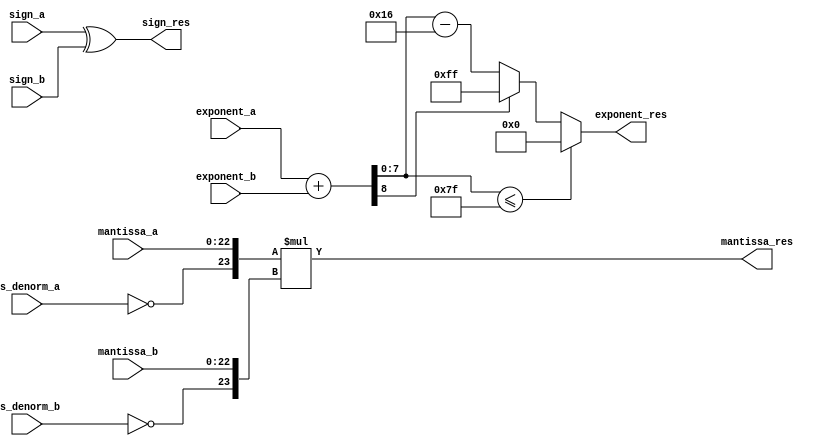
module Fp32Multiplier (
  input        sign_a,
  input [7:0]  exponent_a,
  input [22:0] mantissa_a,
  input        is_denorm_a,
  input        sign_b,
  input [7:0]  exponent_b,
  input [22:0] mantissa_b,
  input        is_denorm_b,

  output        sign_res,
  output [7:0]  exponent_res,
  output [22:0] mantissa_res
);

  wire [8:0] exponent_a_extended = {1'b0, exponent_a};
  wire [8:0] exponent_b_extended = {1'b0, exponent_b};
  wire [8:0] exponent_sum_extended = exponent_a_extended + exponent_b_extended;
  wire [7:0] exponent_sum  = exponent_sum_extended[7:0];
  wire       overflow      = exponent_sum_extended[8];
  wire       underflow     = exponent_sum <= 127;
  wire [7:0] normalized_exponent_res =
    underflow ?  8'b0 :
    overflow  ? ~8'b0 :
    mantissa_prod[43] ? exponent_sum - 00 :
    mantissa_prod[43] ? exponent_sum - 01 :
    mantissa_prod[42] ? exponent_sum - 02 :
    mantissa_prod[41] ? exponent_sum - 03 :
    mantissa_prod[40] ? exponent_sum - 04 :
    mantissa_prod[39] ? exponent_sum - 05 :
    mantissa_prod[38] ? exponent_sum - 06 :
    mantissa_prod[37] ? exponent_sum - 07 :
    mantissa_prod[36] ? exponent_sum - 08 :
    mantissa_prod[35] ? exponent_sum - 09 :
    mantissa_prod[34] ? exponent_sum - 10 :
    mantissa_prod[33] ? exponent_sum - 11 :
    mantissa_prod[32] ? exponent_sum - 12 :
    mantissa_prod[31] ? exponent_sum - 13 :
    mantissa_prod[30] ? exponent_sum - 14 :
    mantissa_prod[29] ? exponent_sum - 15 :
    mantissa_prod[28] ? exponent_sum - 16 :
    mantissa_prod[27] ? exponent_sum - 17 :
    mantissa_prod[26] ? exponent_sum - 18 :
    mantissa_prod[25] ? exponent_sum - 19 :
    mantissa_prod[24] ? exponent_sum - 20 :
    mantissa_prod[23] ? exponent_sum - 21 :
                        exponent_sum - 22;

  wire [44:0] mantissa_a_extended = {23'b0, ~is_denorm_a, mantissa_a};
  wire [44:0] mantissa_b_extended = {23'b0, ~is_denorm_b, mantissa_b};
  wire [44:0] mantissa_prod_extended = mantissa_a_extended * mantissa_b_extended;
  wire [22:0] normalized_mantissa_prod =
    mantissa_prod[44] ? mantissa_prod_extended[44:22] :
    mantissa_prod[43] ? mantissa_prod_extended[43:21] :
    mantissa_prod[42] ? mantissa_prod_extended[42:20] :
    mantissa_prod[41] ? mantissa_prod_extended[41:19] :
    mantissa_prod[40] ? mantissa_prod_extended[40:18] :
    mantissa_prod[39] ? mantissa_prod_extended[39:17] :
    mantissa_prod[38] ? mantissa_prod_extended[38:16] :
    mantissa_prod[37] ? mantissa_prod_extended[37:15] :
    mantissa_prod[36] ? mantissa_prod_extended[36:14] :
    mantissa_prod[35] ? mantissa_prod_extended[35:13] :
    mantissa_prod[34] ? mantissa_prod_extended[34:12] :
    mantissa_prod[33] ? mantissa_prod_extended[33:11] :
    mantissa_prod[32] ? mantissa_prod_extended[32:10] :
    mantissa_prod[31] ? mantissa_prod_extended[31:09] :
    mantissa_prod[30] ? mantissa_prod_extended[30:08] :
    mantissa_prod[29] ? mantissa_prod_extended[29:07] :
    mantissa_prod[28] ? mantissa_prod_extended[28:06] :
    mantissa_prod[27] ? mantissa_prod_extended[27:05] :
    mantissa_prod[26] ? mantissa_prod_extended[26:04] :
    mantissa_prod[25] ? mantissa_prod_extended[25:03] :
    mantissa_prod[24] ? mantissa_prod_extended[24:02] :
    mantissa_prod[23] ? mantissa_prod_extended[23:01] :
                        mantissa_prod_extended[22:00];

  assign sign_res = sign_a ^ sign_b;
  assign exponent_res = normalized_exponent_res;
  assign mantissa_res = normalized_mantissa_prod;

  
endmodule